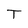
Character: T